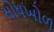
સોધખોળ